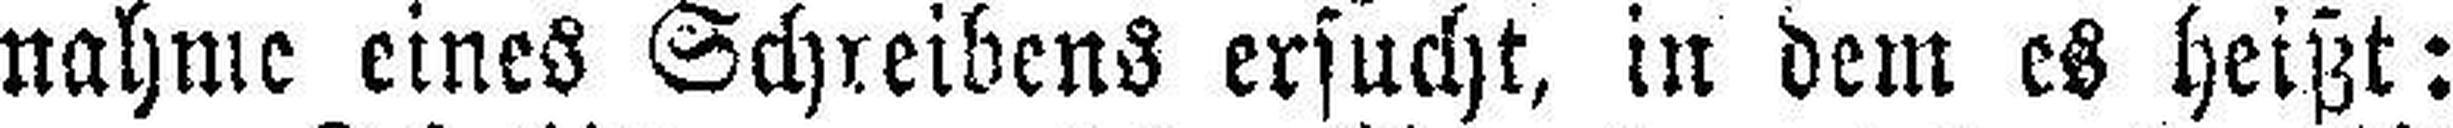
nahme eines Schreibens ersucht, in dem es heißt: